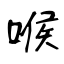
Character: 喉